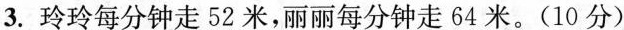
3.玲玲每分钟走52米，丽丽每分钟走64米。(10分)